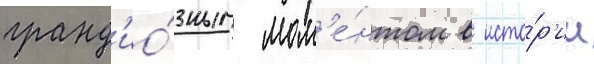
гранд'ио́зным мом'е́нтом в исто́р'ии